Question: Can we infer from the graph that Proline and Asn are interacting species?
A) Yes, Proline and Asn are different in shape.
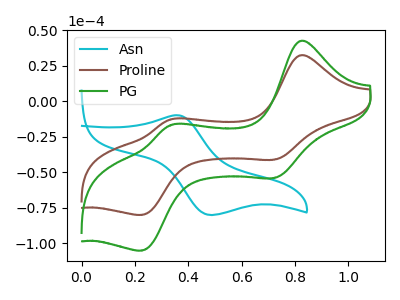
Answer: <think>The cyan curve "Asn" has an anodic peak at (0.35V, -9.90uA) and a cathodic peak at (0.50V, -80.20uA). The brown curve "Proline" has anodic peaks at (0.80V, 32.25uA) (0.35V, -12.90uA) and cathodic peaks at (0.70V, -41.20uA) (0.25V, -80.10uA). The green curve "PG" has anodic peaks at (0.80V, 42.40uA) (0.35V, -16.95uA) and cathodic peaks at (0.70V, -54.10uA) (0.25V, -105.20uA).
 "Proline" and "Asn" have a different number of peaks.</think>
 <answer>A) Yes, "Proline" and "Asn" are different in shape.</answer>
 <eval>A</eval>